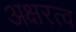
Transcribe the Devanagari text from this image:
अक्षरत्व